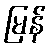
မြန်